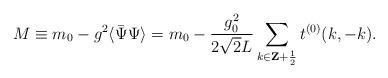
LaTeX: \begin{align*}M\equiv m_0-g^2\langle \bar\Psi\Psi\rangle = m_0-\frac{g^2_0}{2\sqrt{2}L}\sum_{k\in{\bf Z}+\frac{1}{2}}t^{(0)}(k,-k).\end{align*}